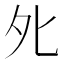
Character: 𡖅